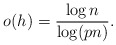
\begin{align*} o(h)=\frac{\log n}{\log(pn)} .\end{align*}